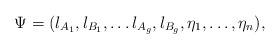
\begin{align*}\Psi = (l_{A_1},l_{B_1},\ldots l_{A_g},l_{B_g},\eta_1,\ldots ,\eta_n), \end{align*}